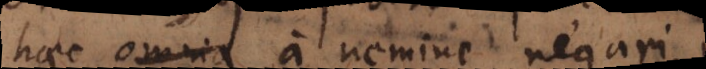
haec omnia a nemine negari